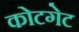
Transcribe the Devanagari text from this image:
कोटगेट